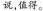
说，值得。